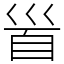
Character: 𩠐